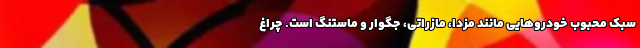
سبک محبوب خودروهایی مانند مزدا، مازراتی، جگوار و ماستنگ است. چراغ